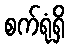
စက်ရုံရှိ